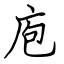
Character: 庖